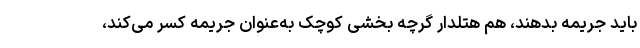
باید جریمه بدهند، هم هتلدار گرچه بخشی کوچک به‌عنوان جریمه کسر می‌کند،